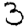
Digit: 3